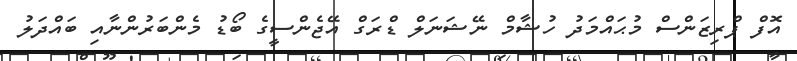
އޮފް ޕްރިޒަންސް މުޙައްމަދު ހުޝާމް ނޭޝަނަލް ޑްރަގް އޭޖެންސީގެ ބޯޑު މެންބަރުންނާއި ބައްދަލު